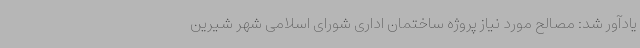
یادآور شد: مصالح مورد نیاز پروژه ساختمان اداری شورای اسلامی شهر شیرین